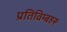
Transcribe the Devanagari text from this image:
प्रतिविम्‍बहरू